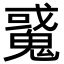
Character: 䰥